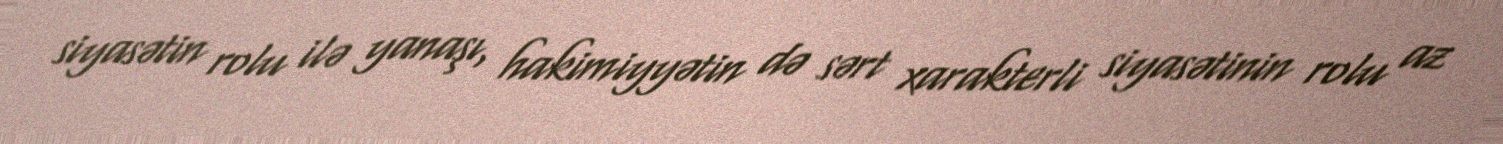
siyasətin rolu ilə yanaşı, hakimiyyətin də sərt xarakterli siyasətinin rolu az